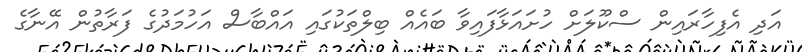
އަދި އެފިހާރައިން ސްކޫލަށް ހުށައަޅާފައިވާ ބައެއް ބިލްތަކުގައި އައްބާސް އަހުމަދުގެ ފަރާތުން އޭނާގެ